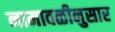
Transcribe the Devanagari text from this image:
नामावळीनुसार